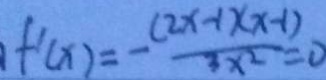
f ^ { \prime } ( x ) = - \frac { ( 2 x - 1 ) ( x - 1 ) } { 3 x ^ { 2 } } = 0